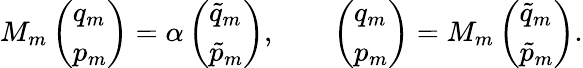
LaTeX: M_{m}\left(\begin{array}{l}{q_{m}}\\ {p_{m}}\end{array}\right)=\alpha\left(\begin{array}{l}{\tilde{q}_{m}}\\ {\tilde{p}_{m}}\end{array}\right),\qquad\left(\begin{array}{l}{q_{m}}\\ {p_{m}}\end{array}\right)=M_{m}\left(\begin{array}{l}{\tilde{q}_{m}}\\ {\tilde{p}_{m}}\end{array}\right).